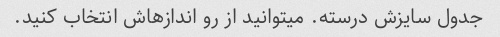
جدول سایزش درسته. میتوانید از رو اندازهاش انتخاب کنید.